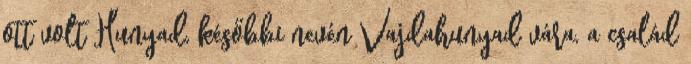
ott volt Hunyad, későbbi nevén Vajdahunyad vára, a család